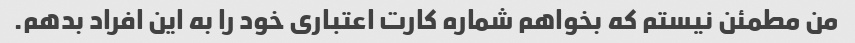
من مطمئن نیستم که بخواهم شماره کارت اعتباری خود را به این افراد بدهم.